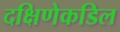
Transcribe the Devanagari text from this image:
दक्षिणेकडिल